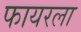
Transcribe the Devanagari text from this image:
फायरला